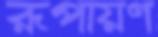
রূপায়ণ